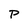
Character: P